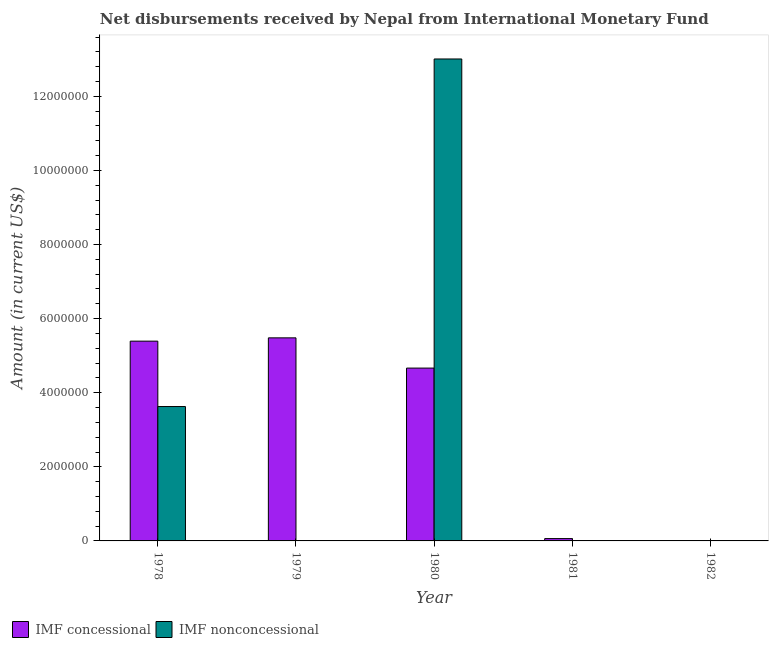
| Year | IMF concessional | IMF nonconcessional |
 | --- | --- | --- |
 | 1978 | 5.39e+06 | 3.63e+06 |
 | 1979 | 5.48e+06 | -1.28e+06 |
 | 1980 | 4.66e+06 | 1.3e+07 |
 | 1981 | 6.3e+04 | -8.14e+05 |
 | 1982 | -8.2e+04 | -5.24e+06 |